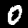
Label: 0